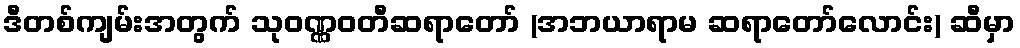
ဒီတစ်ကျမ်းအတွက် သုဝဏ္ဏဝတီဆရာတော် (အဘယာရာမ ဆရာတော်လောင်း) ဆီမှာ